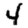
Digit: 4